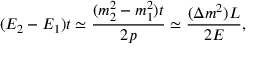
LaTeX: ( E _ { 2 } - E _ { 1 } ) t \simeq { \frac { ( m _ { 2 } ^ { 2 } - m _ { 1 } ^ { 2 } ) t } { 2 p } } \simeq { \frac { ( \Delta m ^ { 2 } ) L } { 2 E } } ,